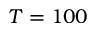
T = 1 0 0